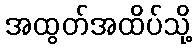
အထွတ်အထိပ်သို့